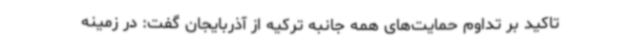
تاکید بر تداوم حمایت‌های همه جانبه ترکیه از آذربایجان گفت: در زمینه